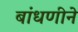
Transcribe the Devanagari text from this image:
बांधणीने